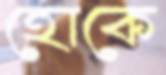
হোকে